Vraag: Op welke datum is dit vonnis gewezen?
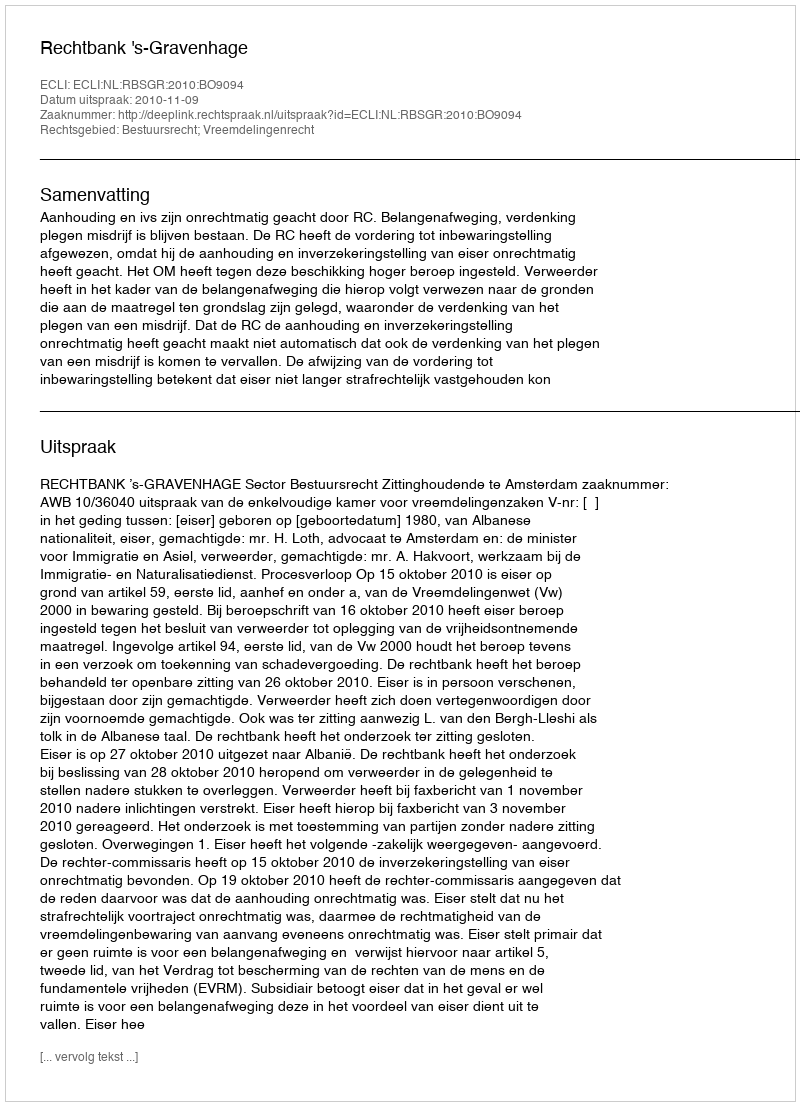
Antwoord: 2010-11-09